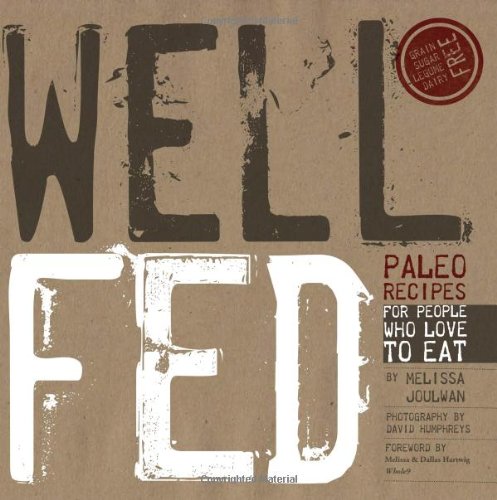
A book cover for Well Fed: Paleo Recipes for People Who Love to Eat; Melissa Joulwan; Cookbooks, Food & Wine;